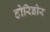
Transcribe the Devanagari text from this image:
टोरिडोर